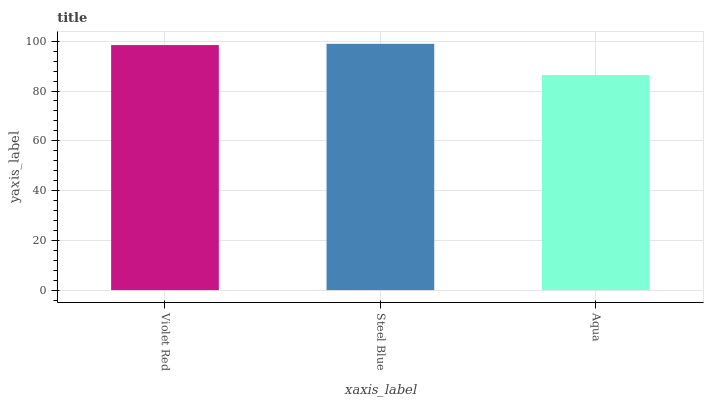
| xaxis_label | bars |
 | --- | --- |
 | Violet Red | 98.5 |
 | Steel Blue | 99 |
 | Aqua | 86.4 |